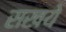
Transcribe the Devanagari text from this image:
सखये